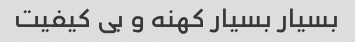
بسیار بسیار کهنه و بى کیفیت